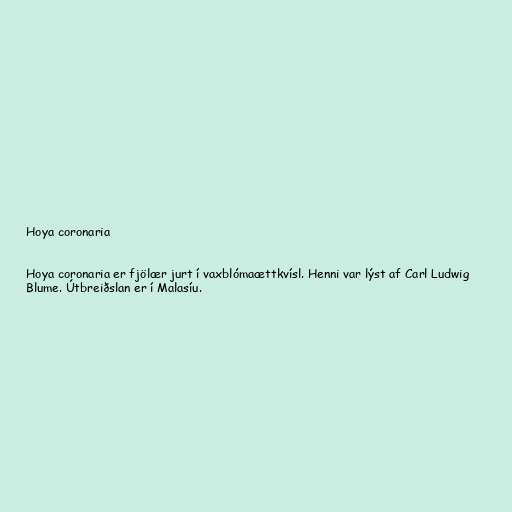
Hoya coronaria

Hoya coronaria er fjölær jurt í vaxblómaættkvísl. Henni var lýst af Carl Ludwig
Blume. Útbreiðslan er í Malasíu.